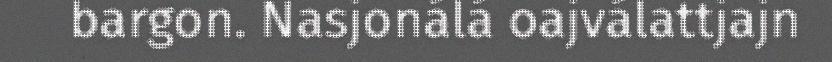
bargon. Nasjonálá oajválattjajn